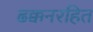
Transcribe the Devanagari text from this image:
ढक्कनरहित